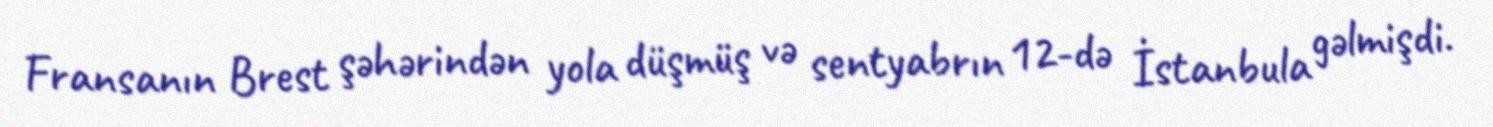
Fransanın Brest şəhərindən yola düşmüş və sentyabrın 12-də İstanbula gəlmişdi.